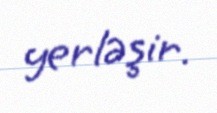
yerləşir.